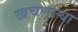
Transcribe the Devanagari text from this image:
खचणार्‍या